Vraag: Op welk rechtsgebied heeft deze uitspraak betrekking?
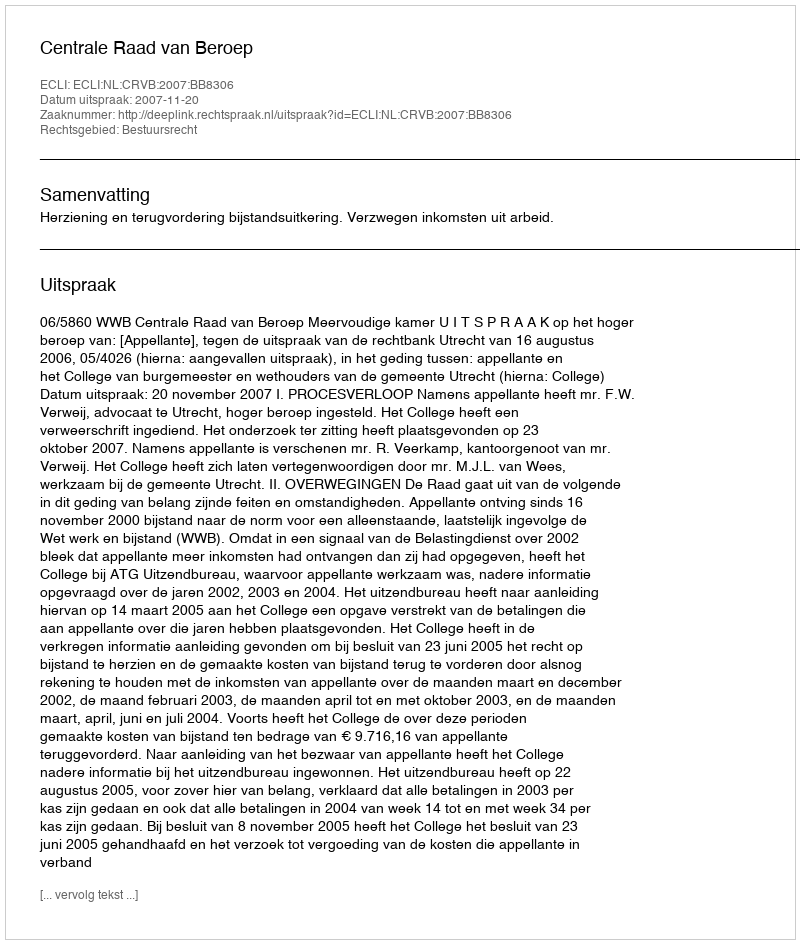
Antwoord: Bestuursrecht